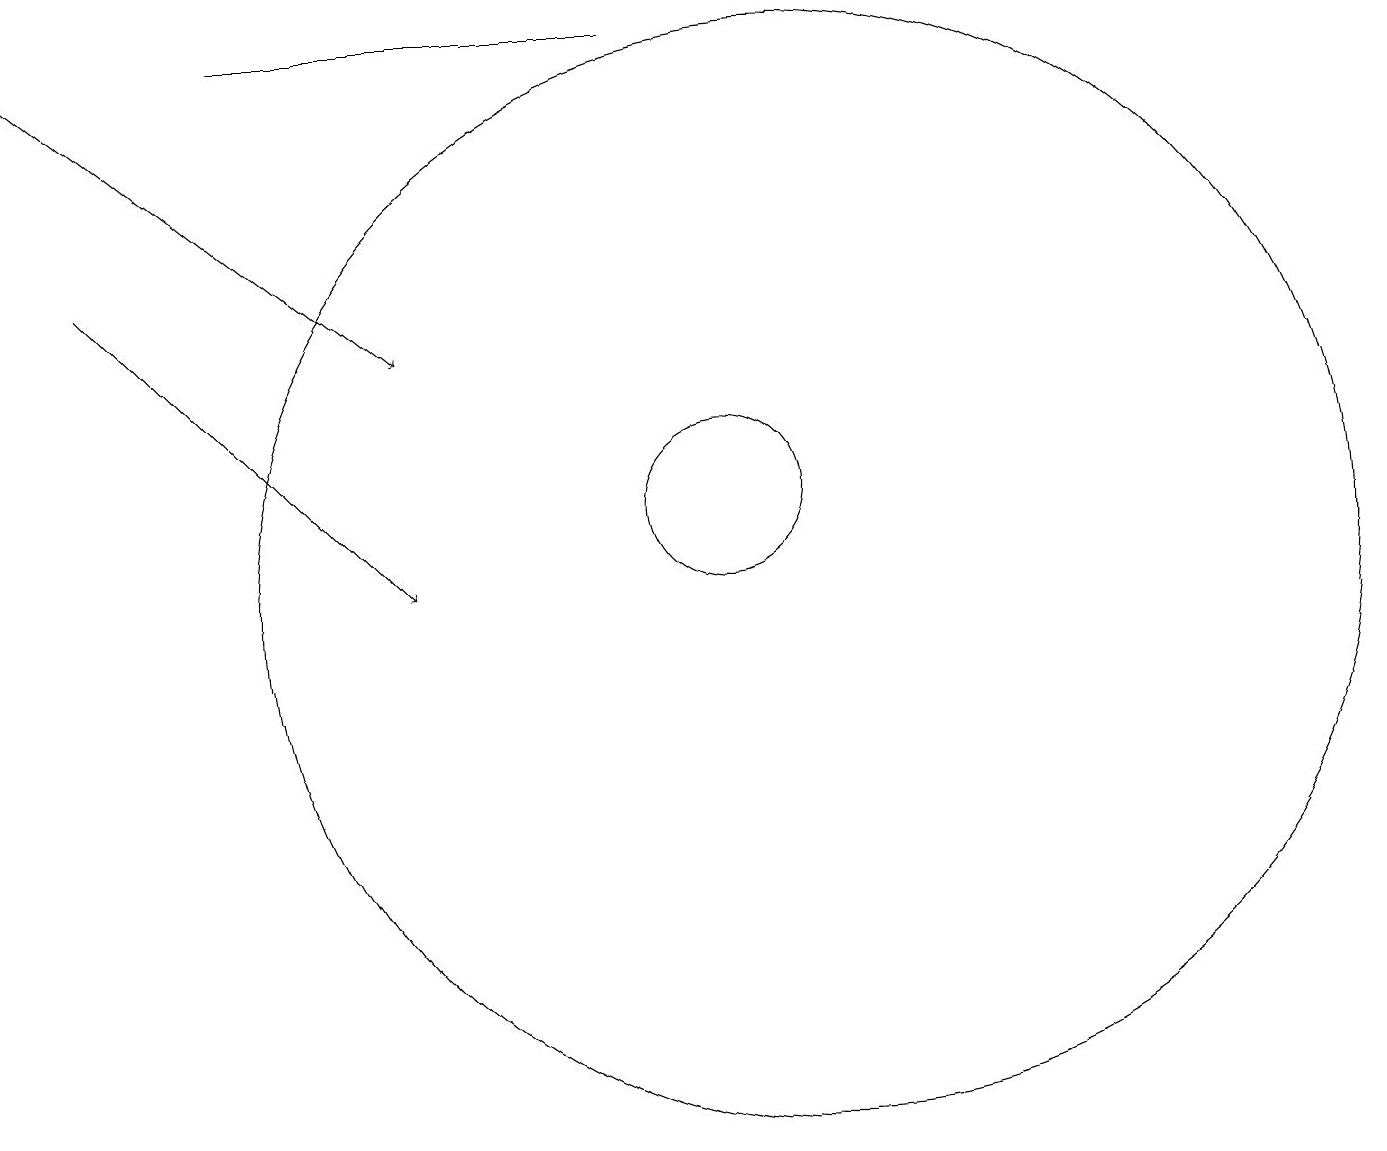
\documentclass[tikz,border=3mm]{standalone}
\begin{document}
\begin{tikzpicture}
\draw (10,11) circle (1);
\draw (4,17) rectangle (9,17);
\draw[->] (1,17) -- (6,13);
\draw (11,10) circle (7);
\draw[->] (2,14) -- (6,10);
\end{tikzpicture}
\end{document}